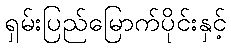
ရှမ်းပြည်မြောက်ပိုင်းနှင့်